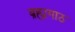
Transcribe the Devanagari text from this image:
ब्रह्मगाठ